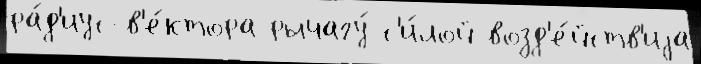
ра́д'иус-в'е́ктора рычагу́ с'и́лой возд'е́йств'иjа